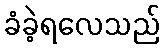
ခံခဲ့ရလေသည်